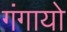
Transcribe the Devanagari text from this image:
गंगायो